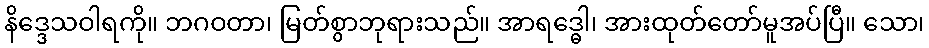
နိဒ္ဒေသဝါရကို။ ဘဂဝတာ၊ မြတ်စွာဘုရားသည်။ အာရဒ္ဓေါ၊ အားထုတ်တော်မူအပ်ပြီ။ သော၊